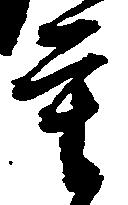
重